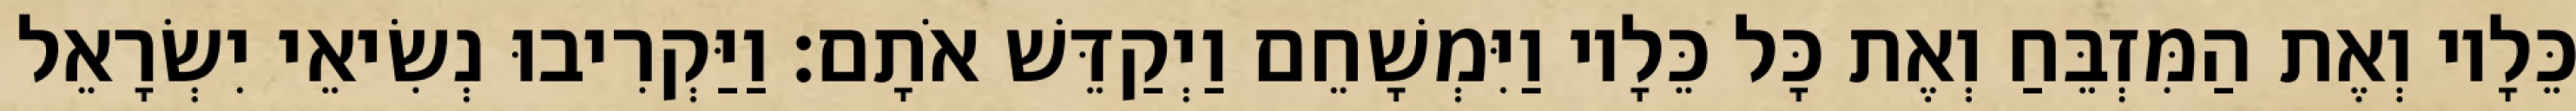
כֵּלָיו וְאֶת הַמִּזְבֵּחַ וְאֶת כָּל כֵּלָיו וַיִּמְשָׁחֵם וַיְקַדֵּשׁ אֹתָם׃ וַיַּקְרִיבוּ נְשִׂיאֵי יִשְׂרָאֵל